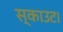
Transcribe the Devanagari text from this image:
स्काउट।